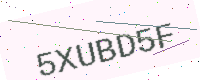
Text: 5XUBD5F